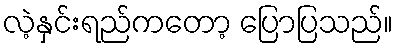
လဲ့နှင်းရည်ကတော့ ပြောပြသည်။